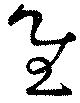
慰